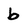
Character: b